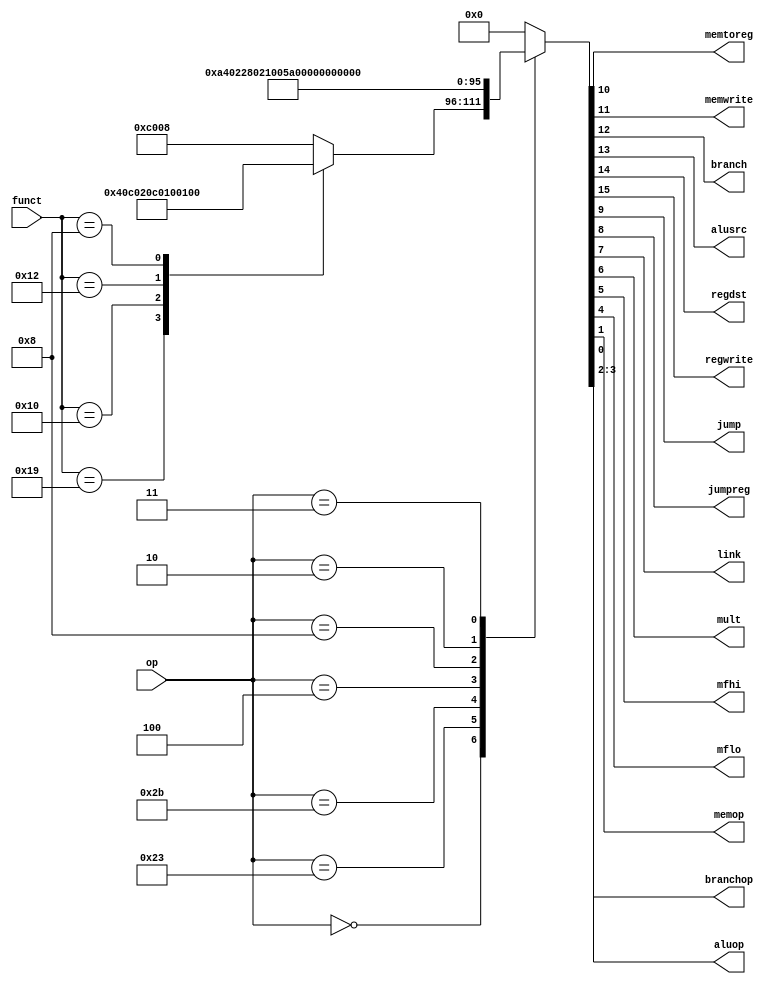
module maindec(input  [5:0] op,
               input  [5:0] funct,
               output       memtoreg, memwrite,
               output       branch, alusrc,
               output       regdst, regwrite,
               output       jump,
               output       jumpreg,
               output       link,
               output       mult,
               output       mfhi,
               output       mflo,
               output       memop,
               output       branchop,
               output [1:0] aluop);

  reg [15:0] controls;

  assign {regwrite, regdst, alusrc, branch, memwrite,
          memtoreg, jump, jumpreg, link, mult, mfhi, mflo, aluop, memop, branchop} = controls;

  always @(*)
    case(op)
      6'b000000: begin  //Rtype
			case (funct)
				6'b011001: controls <= 16'b0000000001000000; //MULTU 
				6'b010000: controls <= 16'b1100000000100000; //MFHI 
				6'b010010: controls <= 16'b1100000000010000; //MFLO
				6'b001000: controls <= 16'b0000000100000001; //JR
				default: controls <=   16'b1100000000001000;
			endcase
		end
      6'b100011: controls <=   16'b1010010000000010; //LW
      6'b101011: controls <=   16'b0010100000000010; //SW
      6'b000100: controls <=   16'b0001000000000101; //BEQ
      6'b001000: controls <=   16'b1010000000000000; //ADDI
      6'b000010: controls <=   16'b0000001000000001; //J
		6'b000011: controls <= 16'b1000001010000001; //JAL
      default:  begin //unsupported opcode
    		controls <=        'b0;
		end 
    endcase
endmodule